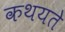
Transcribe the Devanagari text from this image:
कथयते